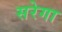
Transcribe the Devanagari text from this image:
सरेगा